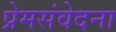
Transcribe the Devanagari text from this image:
प्रेमसंवेदना